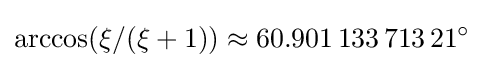
\arccos(\xi /(\xi +1))\approx 60.901\,133\,713\,21^{\circ }